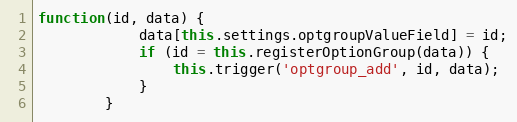
Language: JavaScript
function(id, data) {
			data[this.settings.optgroupValueField] = id;
			if (id = this.registerOptionGroup(data)) {
				this.trigger('optgroup_add', id, data);
			}
		}